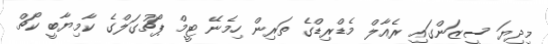
މިދިޔަ ސީޒަންގައި ރެއާލް މެޑްރިޑްގެ ތަރިން ހިމެނޭ ޓީމް ޕޯޗުގަލްގެ ކާމިޔާބީ ކޯޗް